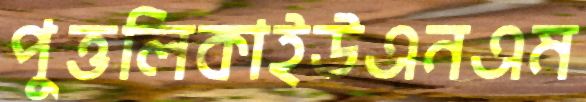
পুত্তলিকাইউএনএম